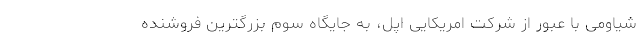
شیاومی با عبور از شرکت امریکایی اپل، به جایگاه سوم بزرگترین فروشنده